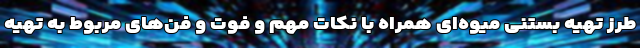
طرز تهیه بستنی میوه‌ای همراه با نکات مهم و فوت و فن‌های مربوط به تهیه